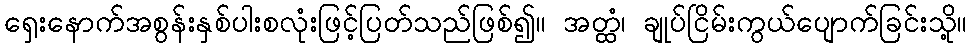
ရှေးနောက်အစွန်းနှစ်ပါးစလုံးဖြင့်ပြတ်သည်ဖြစ်၍။ အတ္ထံ၊ ချုပ်ငြိမ်းကွယ်ပျောက်ခြင်းသို့။